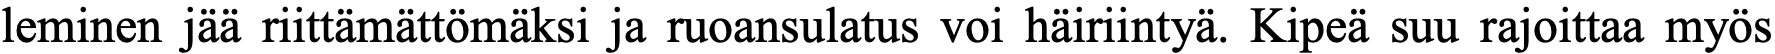
leminen jää riittämättömäksi ja ruoansulatus voi häiriintyä. Kipeä suu rajoittaa myös